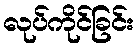
လုပ်ကိုင်ခြင်း